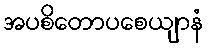
အပစိတောပစေယျာနံ